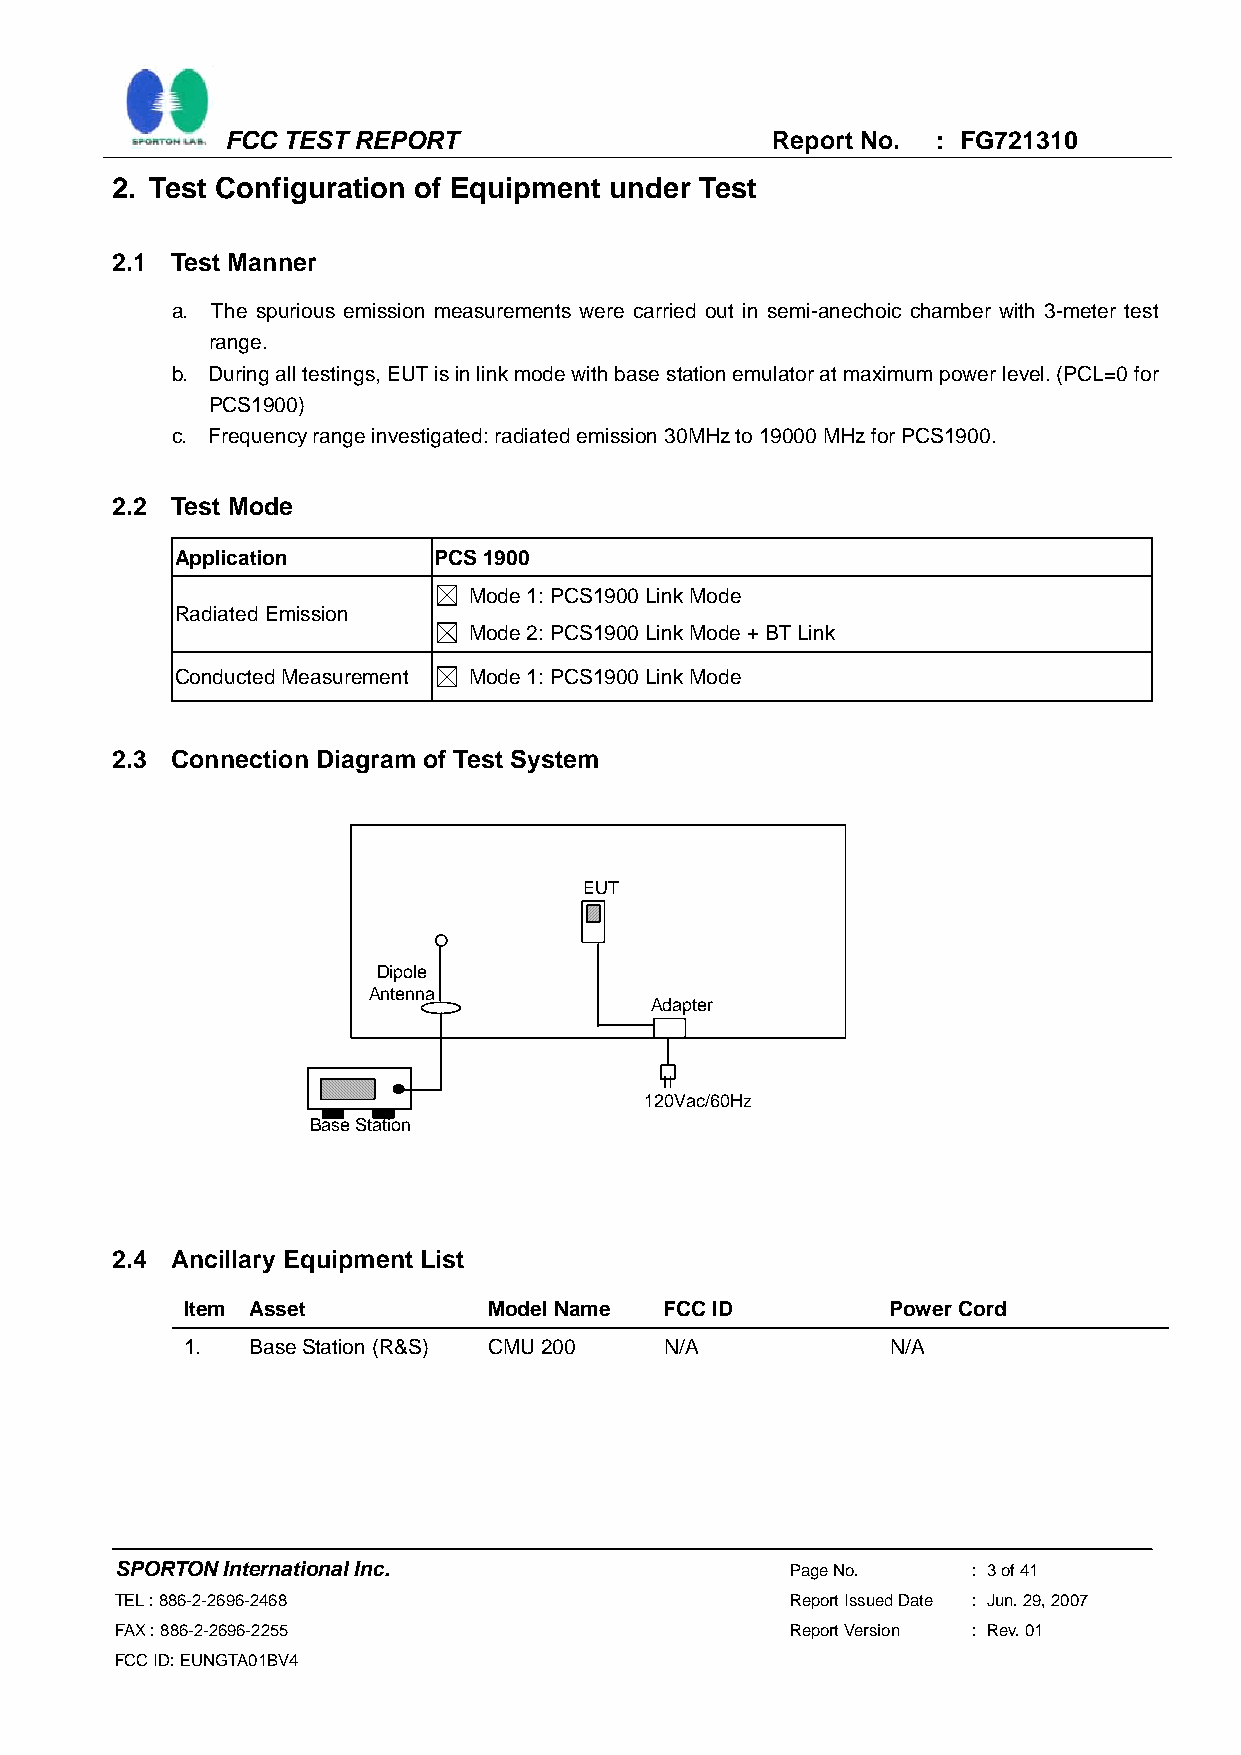
FCC TEST REPORT                     Report No. : FG721310
 2. Test Configuration of Equipment under Test
 2.1 Test Manner
 a. The spurious emission measurements were carried out in semi-anechoic chamber with 3-meter test
 range.
 b. During all testings, EUT is in link mode with base station emulator at maximum power level. (PCL=0 for
 PCS1900)
 c. Frequency range investigated: radiated emission 30MHz to 19000 MHz for PCS1900.
 2.2 Test Mode
 Application      PCS 1900
 Mode 1: PCS1900 Link Mode
 Radiated Emission
 Mode 2: PCS1900 Link Mode + BT Link
 Conducted Measurement Mode 1: PCS1900 Link Mode
 2.3 Connection Diagram of Test System
 EUT
 Dipole
 Antenna
 Adapter
 120Vac/60Hz
 Base Station
 2.4 Ancillary Equipment List
 Item Asset          Model Name  FCC ID         Power Cord
 1.   Base Station (R&S) CMU 200 N/A            N/A
 SPORTON International Inc.                  Page No.    : 3 of 41
 TEL : 886-2-2696-2468                       Report Issued Date : Jun. 29, 2007
 FAX : 886-2-2696-2255                       Report Version : Rev. 01
 FCC ID: EUNGTA01BV4